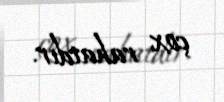
çox rahatdır.